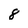
Character: 8